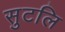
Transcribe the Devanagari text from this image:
सुटलि